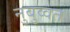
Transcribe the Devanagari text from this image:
नुबुव्वत